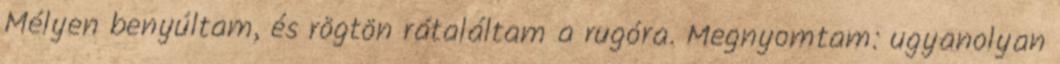
Mélyen benyúltam, és rögtön rátaláltam a rugóra. Megnyomtam: ugyanolyan